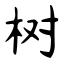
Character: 树